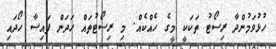
ހުޅުވަމުންދާ ރިސޯޓު ތަކަކީ މީގެ ހެއްކެއް. މި ރިސޯޓުތައް ހަދަން ފައިސާ ހޯދައި